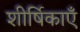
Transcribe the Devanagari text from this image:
शीर्षिकाएँ